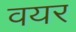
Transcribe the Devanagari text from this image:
वयर